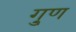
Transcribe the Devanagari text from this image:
गु्ण